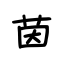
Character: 茵